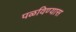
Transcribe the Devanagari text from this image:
पळविण्यास